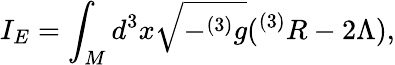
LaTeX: I_{E}=\int_{M}d^{3}x\sqrt{-^{(3)}g}(^{(3)}R-2\Lambda),